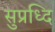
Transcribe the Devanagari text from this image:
सुप्रध्दि